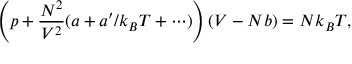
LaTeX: \left( p + { \frac { N ^ { 2 } } { V ^ { 2 } } } ( a + a ^ { \prime } / k _ { B } T + \cdots ) \right) ( V - N b ) = N k _ { B } T ,